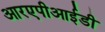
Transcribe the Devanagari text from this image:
आरएपीआईडी